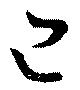
己